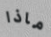
ماذا